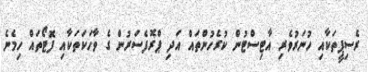
ރެސިޕީތަކާއި ހުނަރުވެރި އާޓިސްޓުން ކުރެހުންތައް އަދި ޕްރޮފެސަރުން ގެ ވާހަކަތަކާއި ފޮޓޯތައް ހިމެނެ